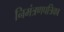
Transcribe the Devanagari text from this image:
निमंत्रणपत्रिका